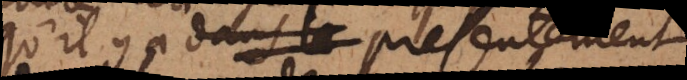
qu’il y a presentement